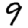
Digit: 9